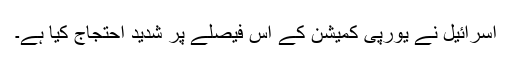
اسرائیل نے یورپی کمیشن کے اس فیصلے پر شدید احتجاج کیا ہے۔